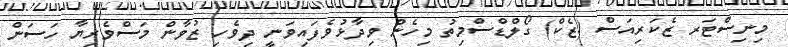
މިނިސްޓަރ ޒެކަރިއަސް (ޒެކް) ގޯލްޑްސްމިތު މިހެން ވިދާޅުވެފައިވަނީ ދިވެހި ޒުވާން މަސްވެރިޔާ ހަސަން